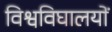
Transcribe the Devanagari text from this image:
विश्वविघालयों